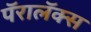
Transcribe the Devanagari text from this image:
पॅरालॅक्स